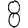
Digit: 8